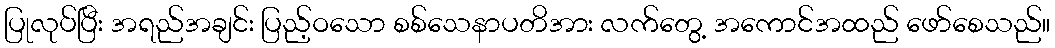
ပြုလုပ်ပြီး အရည်အချင်း ပြည့်ဝသော စစ်သေနာပတိအား လက်တွေ့ အကောင်အထည် ဖော်စေသည်။